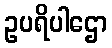
ဥပရိပါဌော